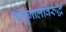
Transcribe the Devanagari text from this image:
पोर्तुगालविरुद्ध